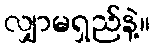
လျှာမရှည်နဲ့။